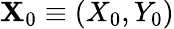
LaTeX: \mathbf{X}_{0}\equiv(X_{0},Y_{0})